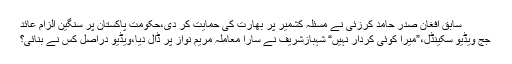
سابق افغان صدر حامد کرزئی نے مسئلہ کشمیر پر بھارت کی حمایت کر دی،حکومت پاکستان پر سنگین الزام عائد
جج ویڈیو سکینڈل،”میرا کوئی کردار نہیں“ شہبازشریف نے سارا معاملہ مریم نواز پر ڈال دیا،ویڈیو دراصل کس نے بنائی؟